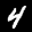
Label: 4